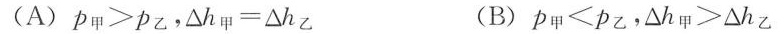
（A）P_{甲}＞P_{乙}， △ h_{甲}=△h_{乙} （B）P_{甲}＜P_{乙}， △ h_{甲}＞△h_{乙}